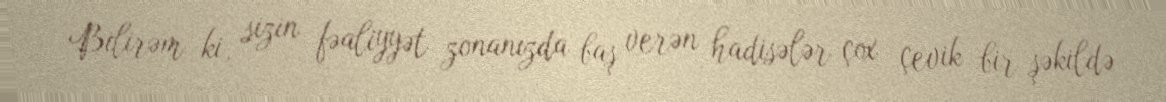
Bilirəm ki, sizin fəaliyyət zonanızda baş verən hadisələr çox çevik bir şəkildə